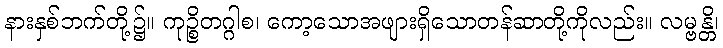
နားနှစ်ဘက်တို့၌။ ကုဉ္စိတဂ္ဂါစ၊ ကော့သောအဖျားရှိသောတန်ဆာတို့ကိုလည်း။ လမ္ဗန္တိ၊